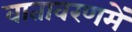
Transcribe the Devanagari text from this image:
वातावरणमें